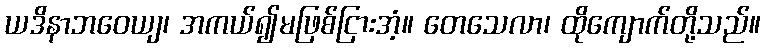
ယဒိနာဘဝေယျ၊ အကယ်၍မဖြစ်ငြားအံ့။ တေသေလာ၊ ထိုကျောက်တို့သည်။